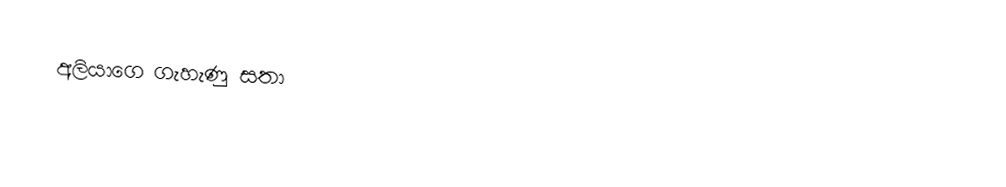
අලියාගෙ ගැහැණු සතා